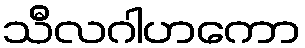
သီလဂါဟကော